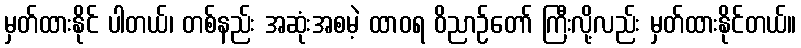
မှတ်ထားနိုင် ပါတယ်၊ တစ်နည်း အဆုံးအစမဲ့ ထာဝရ ဝိညာဉ်တော် ကြီးလို့လည်း မှတ်ထားနိုင်တယ်။